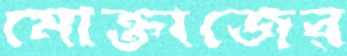
মোক্তাজের